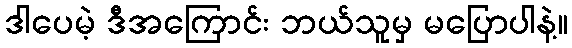
ဒါပေမဲ့ ဒီအကြောင်း ဘယ်သူမှ မပြောပါနဲ့။